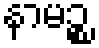
နာမဉ္စ